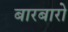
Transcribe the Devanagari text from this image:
बारबारो